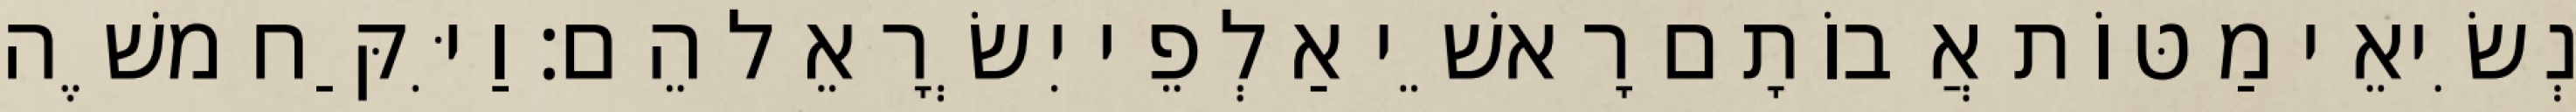
נְשִׂיאֵי מַטּוֹת אֲבוֹתָם רָאשֵׁי אַלְפֵי יִשְׂרָאֵל הֵם׃ וַיִּקַּח משֶׁה